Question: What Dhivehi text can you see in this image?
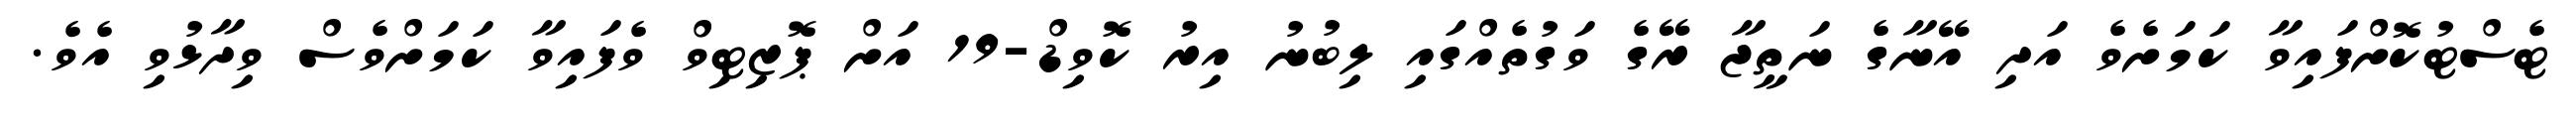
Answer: ޓެސްޓުކޮށްފައިވާ ކަމަށެވެ އަދި އޭނާގެ ނަތީޖާ ރޭގެ ވަގުތެއްގައި ލިބުނު އިރު ކޮވިޑް-19 އަށް ޕޮޒިޓިވް ވެފައިވާ ކަމަށްވެސް ވިދާޅުވި އެވެ.